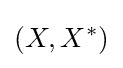
\left(X,X^{*}\right)